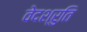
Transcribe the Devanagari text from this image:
वेदश्रुति